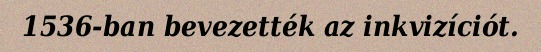
1536-ban bevezették az inkvizíciót.